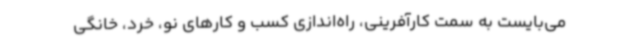
می‌بایست به سمت کارآفرینی، راه‌اندازی کسب و کارهای نو، خرد، خانگی